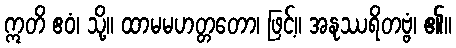
ဣတိ ဧဝံ၊ သို့။ ထာမမဟတ္တတော၊ ဖြင့်။ အနုဿရိတဗ္ဗံ၊ ၏။